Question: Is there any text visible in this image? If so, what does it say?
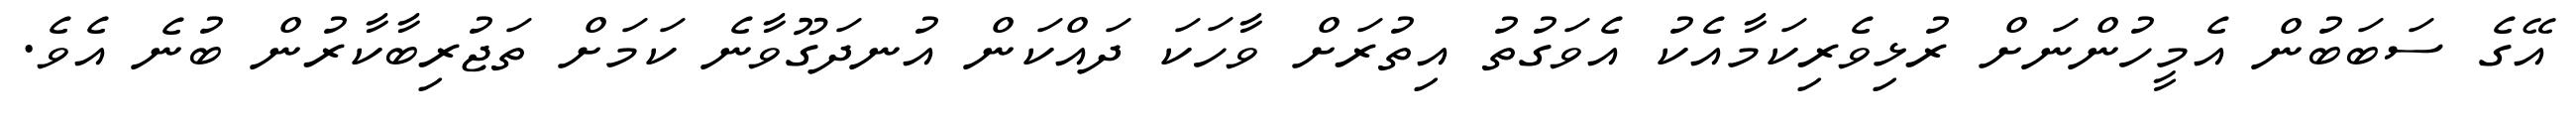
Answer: އޭގެ ސަބަބުން އެމީހުންނަށް ރުޅިވެރިކަމާއެކު އެވަގުތު އިތުރަށް ވާހަކަ ދައްކަން އުނދަގޫވާނެ ކަމަށް ތަޖުރިބާކާރުން ބުނެ އެވެ.